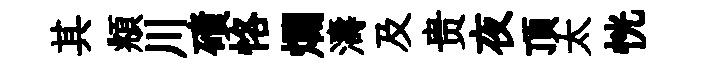
其頫川磧恪爛濤及贵夜頂太恍